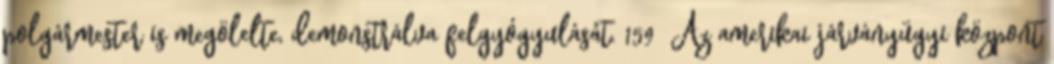
polgármester is megölelte, demonstrálva felgyógyulását. 159 Az amerikai járványügyi központ